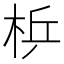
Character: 𱣓